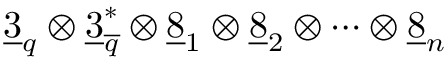
\underline { { { 3 } } } _ { q } \otimes \underline { { { 3 } } } _ { \overline { { { q } } } } ^ { * } \otimes \underline { { { 8 } } } _ { 1 } \otimes \underline { { { 8 } } } _ { 2 } \otimes \cdots \otimes \underline { { { 8 } } } _ { n }